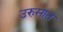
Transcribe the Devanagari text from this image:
उरुसात